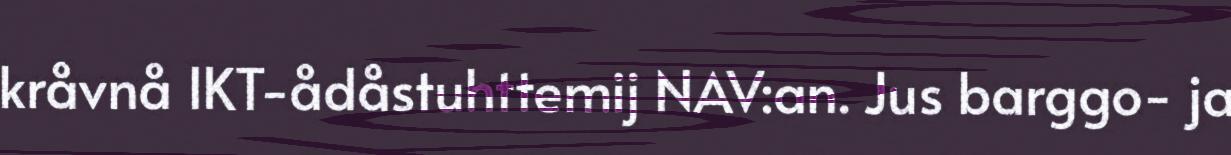
kråvnå IKT-ådåstuhttemij NAV:an. Jus barggo- ja